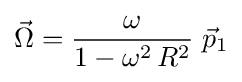
{\vec {\Omega }}={\frac {\omega }{1-\omega ^{2}\,R^{2}}}\;{\vec {p}}_{1}